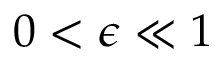
0 < \epsilon \ll 1